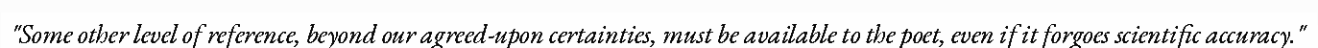
"Some other level of reference, beyond our agreed-upon certainties, must be available to the poet, even if it forgoes scientific accuracy."